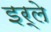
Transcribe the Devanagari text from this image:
इर्ले